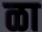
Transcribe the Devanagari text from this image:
ळा